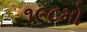
૧૯૮મો